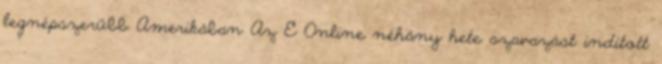
legnépszerűbb Amerikában Az E Online néhány hete szavazást indított